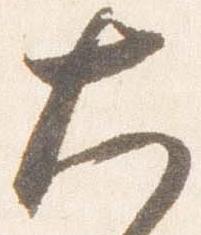
大